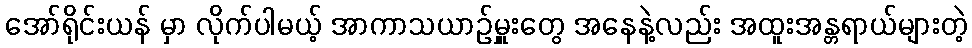
အော်ရိုင်းယန် မှာ လိုက်ပါမယ့် အာကာသယာဉ်မှူးတွေ အနေနဲ့လည်း အထူးအန္တရာယ်များတဲ့